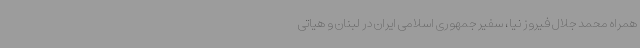
همراه محمد جلال فیروز نیا، سفیر جمهوری اسلامی ایران در لبنان و هیاتی